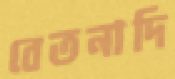
বেতনাদি